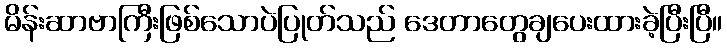
မိန်းဆာဗာကြီးဖြစ်သောပဲပြုတ်သည် ဒေတာတွေချပေးထားခဲ့ပြီးပြီ။